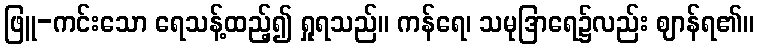
ဖြူ-ကင်းသော ရေသန့်ထည့်၍ ရှုရသည်။ ကန်ရေ၊ သမုဒြာရေ၌လည်း ဈာန်ရ၏။